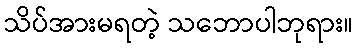
သိပ်အားမရတဲ့ သဘောပါဘုရား။